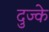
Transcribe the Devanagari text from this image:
दुज्के